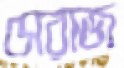
সেরাজ